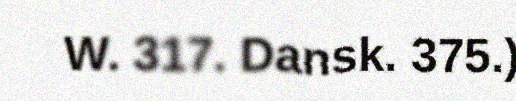
W. 317. Dansk. 375.)